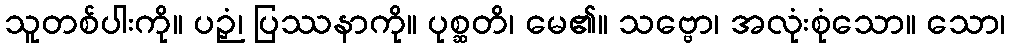
သူတစ်ပါးကို။ ပဉှံ၊ ပြဿနာကို။ ပုစ္ဆတိ၊ မေ၏။ သဗ္ဗော၊ အလုံးစုံသော။ သော၊